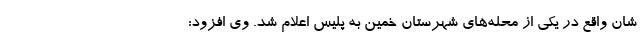
شان واقع در یکی از محله‌های شهرستان خمین به پلیس اعلام شد. وی افزود: